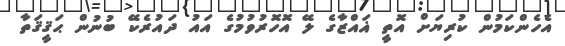
އެހެންކަމުން ކުރިޔަށް އޮތީ ޣައްޒާގެ ލޭ އޮހޮރުވުމުގެ އައު ދައުރެކޭ ބުނުން ޙަޤީޤަތާ